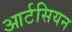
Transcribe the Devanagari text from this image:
आर्टसियन